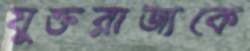
যুক্তরাজ্যকে